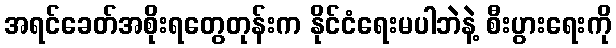
အရင်ခေတ်အစိုးရတွေတုန်းက နိုင်ငံရေးမပါဘဲနဲ့ စီးပွားရေးကို